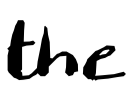
Text: the
Cross-out: clean
Writing tool: digital_black